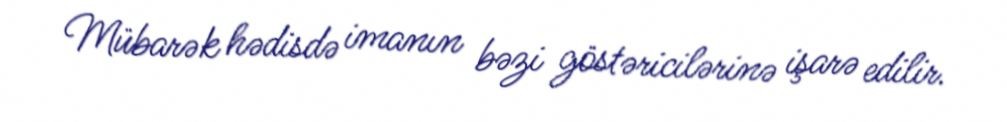
Mübarək hədisdə imanın bəzi göstəricilərinə işarə edilir.